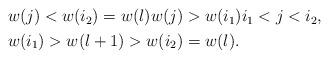
LaTeX: \begin{align*}\begin{aligned} &w(j)<w(i_2)=w(l)w(j)>w(i_1)i_1<j<i_2,\\ &w(i_1)>w(l+1)>w(i_2)=w(l).\end{aligned}\end{align*}